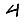
Digit: 4